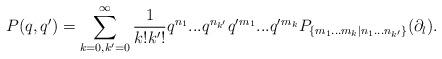
LaTeX: \begin{align*}P(q,q')=\sum \limits_{k=0,k'=0}^{\infty} \frac{1}{k!k'!}q^{n_1}...q^{n_{k'}} q'{}^{m_1}...q'{}^{m_{k}} P_{\{m_1...m_k |n_1...n_{k'}\}} (\partial_l).\end{align*}